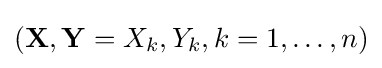
(\mathbf {X} ,\mathbf {Y} ={X_{k},Y_{k}},k=1,\ldots ,n)